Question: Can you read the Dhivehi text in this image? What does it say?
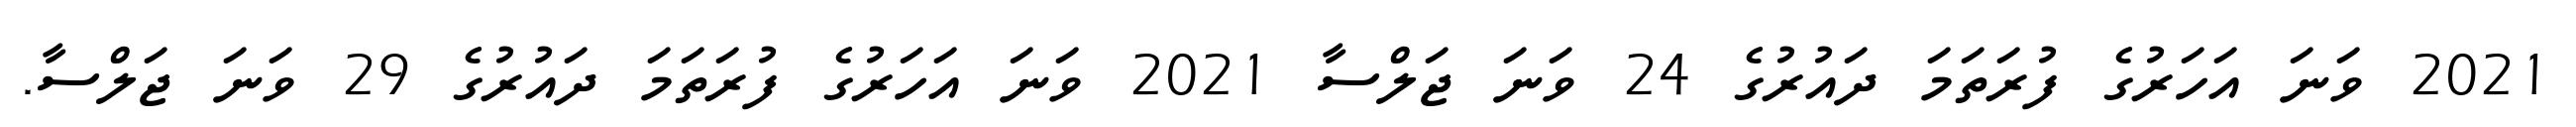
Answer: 2021 ވަނަ އަހަރުގެ ފުރަތަމަ ދައުރުގެ 24 ވަނަ ޖަލްސާ 2021 ވަނަ އަހަރުގެ ފުރަތަމަ ދައުރުގެ 29 ވަނަ ޖަލްސާ.